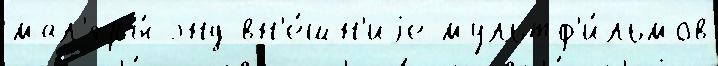
мал'яры́ энд вн'е́шн'иjе мультф'и́льмов